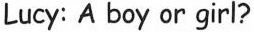
Lucy: A boy or girl?